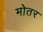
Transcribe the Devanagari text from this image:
मोतर